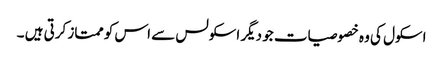
اسکول کی وہ خصوصیات جو دیگر اسکولس سے اس کو ممتاز کرتی ہیں ۔